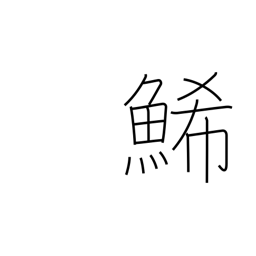
Meaning: yellow fish (herring) eggs (sushi)